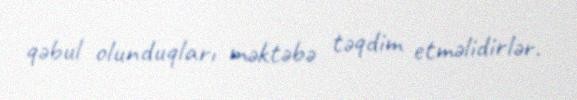
qəbul olunduqları məktəbə təqdim etməlidirlər.